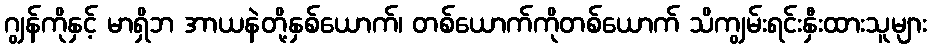
ဂျွန်ကိုနှင့် မာရှိဘ အာယနဲတို့နှစ်ယောက်၊ တစ်ယောက်ကိုတစ်ယောက် သိကျွမ်းရင်းနှီးထားသူများ